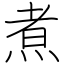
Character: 煮